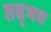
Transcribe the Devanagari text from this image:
तद्‍भव